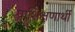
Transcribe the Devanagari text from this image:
प्राशिक्षणार्थी